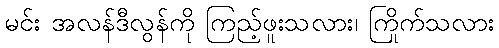
မင်း အလန်ဒီလွန်ကို ကြည့်ဖူးသလား၊ ကြိုက်သလား